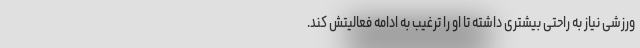
ورزشی نیاز به راحتی بیشتری داشته تا او را ترغیب به ادامه فعالیتش کند.